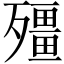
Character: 殭